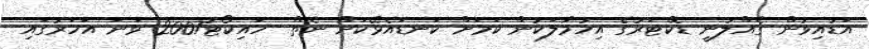
އަޑުއިވުން ގެއްލުނީ ޑޮކްޓަރުގެ އިހުމާލަކުން ކަމަށް ކަނޑައެޅޭކަށް ނެތް- ހައިކޯޓު2007 ވަނަ އަހަރުގައި